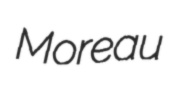
Moreau